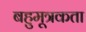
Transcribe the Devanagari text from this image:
बहुमूत्रकता